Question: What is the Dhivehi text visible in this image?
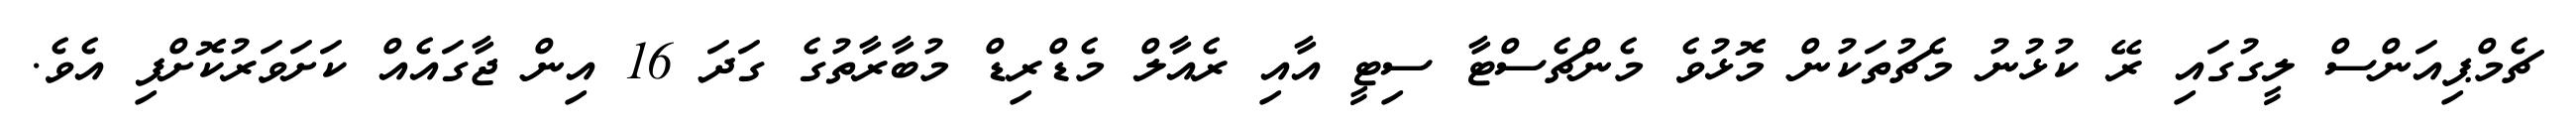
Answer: ޗެމްޕިއަންސް ލީގުގައި ރޭ ކުޅުނު މެޗުތަކުން މޮޅުވެ މެންޗެސްޓާ ސިޓީ އާއި ރެއާލް މެޑްރިޑް މުބާރާތުގެ ގަދަ 16 އިން ޖާގައެއް ކަށަވަރުކޮށްފި އެވެ.